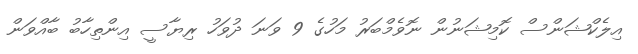
އިލެކްޝަންސް ކޮމިޝަނުން ނޮވެމްބަރު މަހުގެ 9 ވަނަ ދުވަހު ރިޔާސީ އިންތިހާބު ބާއްވަން